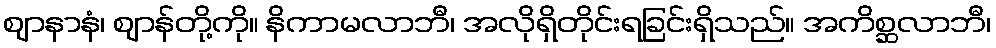
ဈာနာနံ၊ ဈာန်တို့ကို။ နိကာမလာဘီ၊ အလိုရှိတိုင်းရခြင်းရှိသည်။ အကိစ္ဆလာဘီ၊